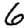
Digit: 6